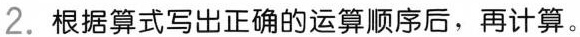
2.根据算式写出正确的运算顺序后，再计算。